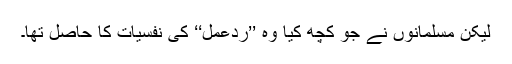
لیکن مسلمانوں نے جو کچھ کیا وہ ’’ردعمل‘‘ کی نفسیات کا حاصل تھا۔